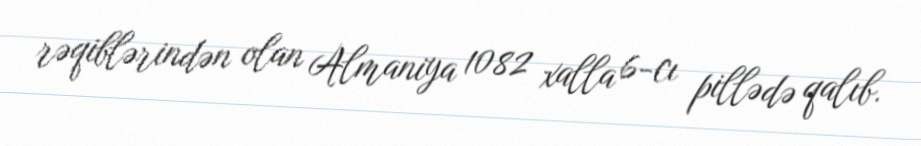
rəqiblərindən olan Almaniya 1082 xalla 6-cı pillədə qalıb.